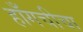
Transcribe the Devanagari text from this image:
हाँगचीचा